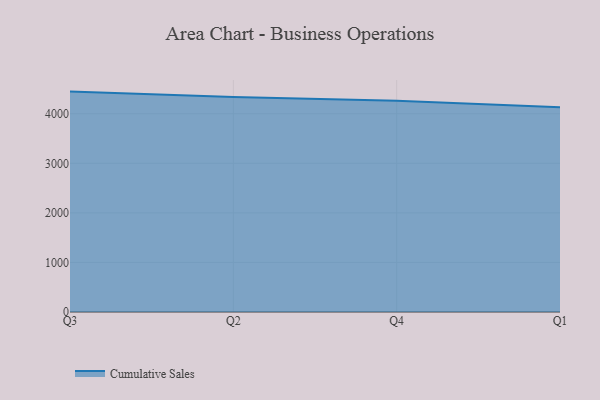
{"axis": {"x": "Quarter", "y": "Population (Million)"}, "legend": ["Cumulative Sales"], "data": [{"x": "Q3", "y": 4447.0, "type": "Cumulative Sales"}, {"x": "Q2", "y": 4338.4, "type": "Cumulative Sales"}, {"x": "Q4", "y": 4260.4, "type": "Cumulative Sales"}, {"x": "Q1", "y": 4132.2, "type": "Cumulative Sales"}]}